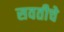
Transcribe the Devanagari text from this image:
सवतीचे